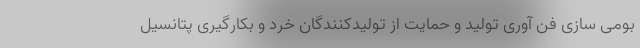
بومی سازی فن آوری تولید و حمایت از تولیدکنندگان خرد و بکارگیری پتانسیل